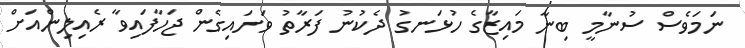
ނަމަވެސް ސުނާމީ ބިނާ މައިޒާގެ ހުޅަނގު ދެކުނު ފަރާތު ވަށައިގެން ޖަހާފައިވާ ރެއިލިންއަށް